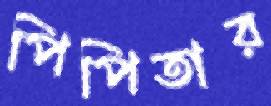
পিপিতার